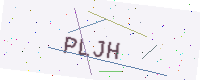
Text: PLJH